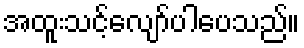
အထူးသင့်လျော်ပါပေသည်။